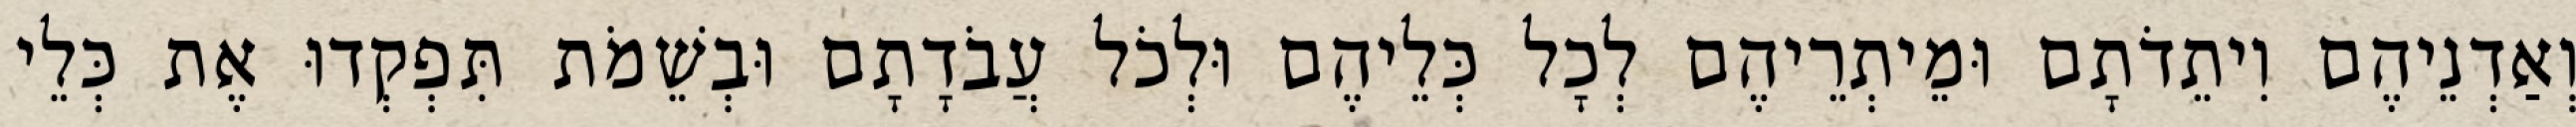
וְאַדְנֵיהֶם וִיתֵדֹתָם וּמֵיתְרֵיהֶם לְכָל כְּלֵיהֶם וּלְכֹל עֲבֹדָתָם וּבְשֵׁמֹת תִּפְקְדוּ אֶת כְּלֵי